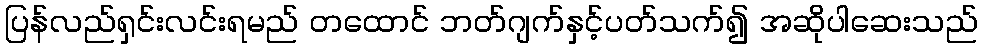
ပြန်လည်ရှင်းလင်းရမည် တထောင် ဘတ်ဂျက်နှင့်ပတ်သက်၍ အဆိုပါဆေးသည်